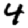
Digit: 4